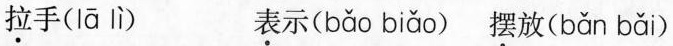
拉手（lā lì） 表示（bǎo biǎo） 摆放（bǎn bǎi）